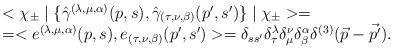
LaTeX: \begin{align*}\begin{array}{l}<\chi_{\pm}\mid\{ {\hat{\gamma}}^{(\lambda,\mu,\alpha)}(p,s),{\hat{\gamma}}_{(\tau,\nu,\beta)}(p',s')\}\mid\chi_{\pm}>=\\=<e^{(\lambda,\mu,\alpha)}(p,s),e_{(\tau,\nu,\beta)}(p',s')>=\delta_{ss'}\delta^{\lambda}_{\tau}\delta^{\nu}_{\mu}\delta^{\alpha}_{\beta}\delta^{(3)}(\vec{p}-\vec{p'}).\end{array}\end{align*}